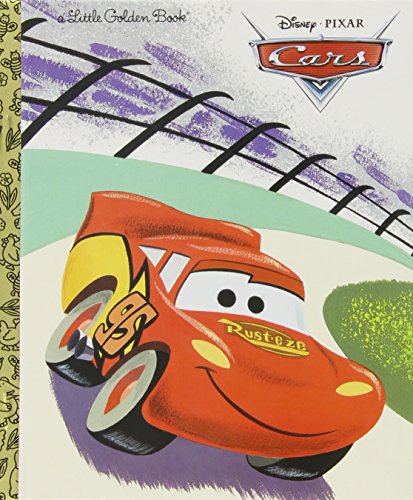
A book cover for Cars (Disney/Pixar Cars) (Little Golden Book); Children's Books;